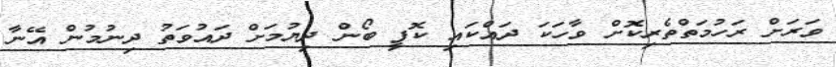
ވަރަށް ރަހުމަތްތެރިކޮށް ވާހަކަ ދައްކައި ކޮފީ ބޯން ދިޔުމަށް ދައުވަތު ދިނުމުން އޭނާ